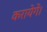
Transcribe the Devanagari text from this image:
करायेगें।